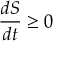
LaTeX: { \frac { d S } { d t } } \geq 0